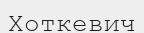
Хоткевич